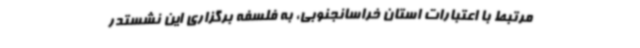
مرتبط با اعتبارات استان خراسانجنوبی، به فلسفه برگزاری این نشستدر